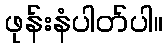
ဖုန်းနံပါတ်ပါ။